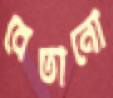
বেতানো